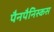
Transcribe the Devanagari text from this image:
पैनपैनिस्कस